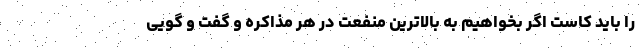
را باید کاست اگر بخواهیم به بالاترین منفعت در هر مذاکره و گفت و گویی